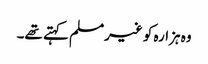
وہ ہزارہ کو غیرمسلم کہتے تھے۔